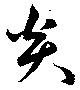
炎